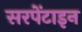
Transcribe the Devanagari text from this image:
सरपेंटाइन